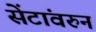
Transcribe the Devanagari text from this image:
सेंटांवरुन